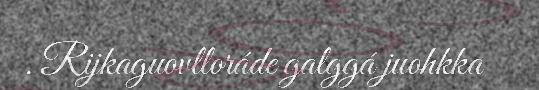
. Rijkaguovlloráde galggá juohkka